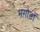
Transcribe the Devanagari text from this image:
भगोडों